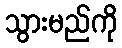
သွားမည်ကို